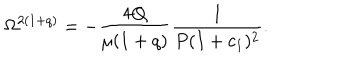
\Omega ^ { 2 ( 1 + q ) } = - \frac { 4 Q } { \mu ( 1 + q ) } \frac { 1 } { P ( I + c _ { 1 } ) ^ { 2 } } .